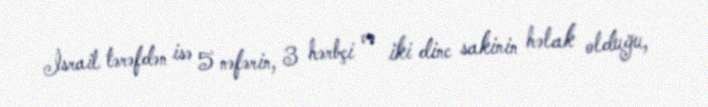
İsrail tərəfdən isə 5 nəfərin, 3 hərbçi və iki dinc sakinin həlak olduğu,